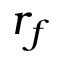
r _ { f }